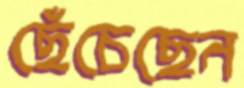
ছেঁচেছেন